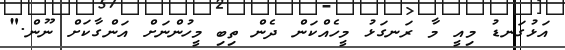
އަޅުގަނޑު މިއީ މާ ރަނގަޅު މީހެއްކަން ދެން ތިބި މީހުންނަށް އަންގާކަށް ނޫން."